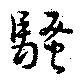
騷